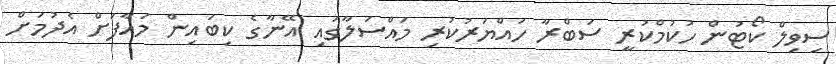
ސިވިލް ކޯޓުން ހުކުމްކުރީ ސަބްރާ ހައްޔަރުކުރި މައްސަލާގައި އޭނާގެ ކިބައިން މައާފަށް އެދުމަށް